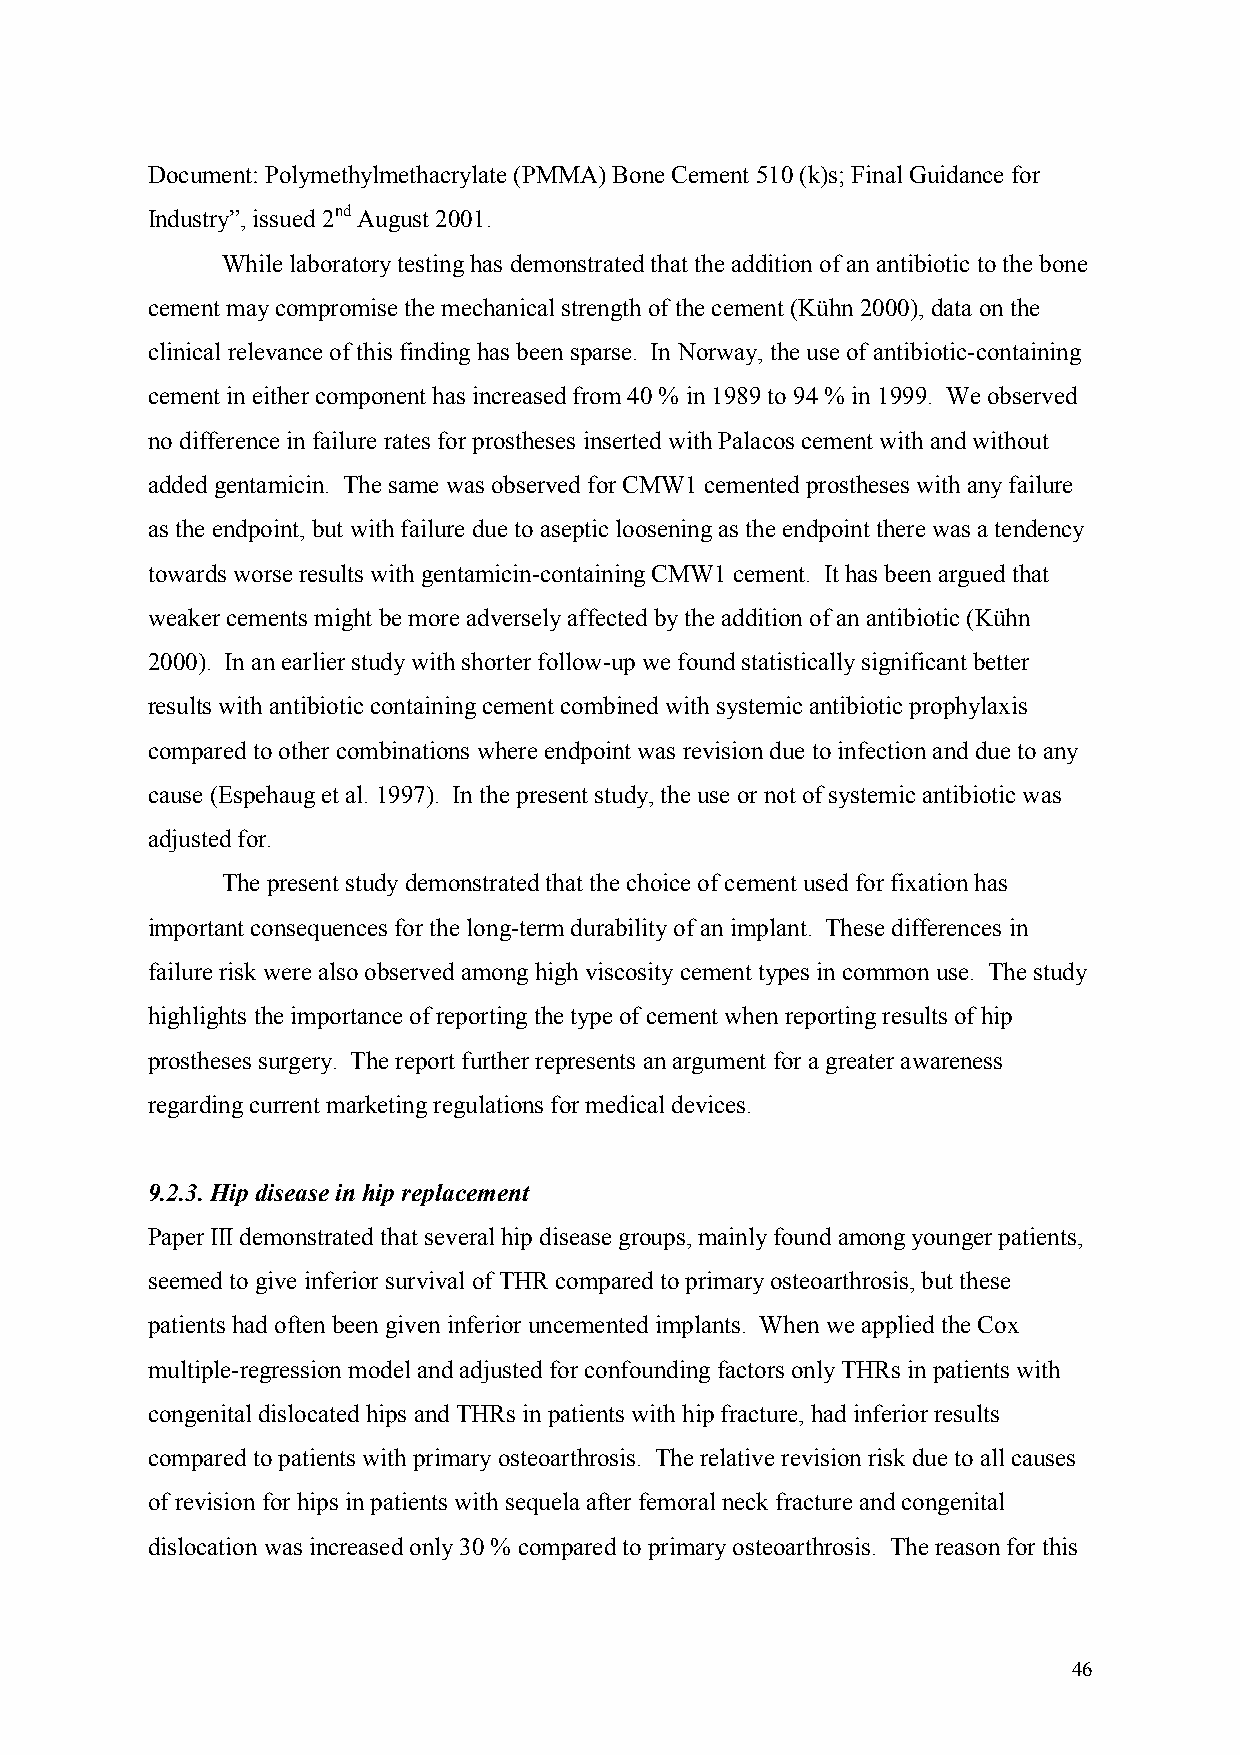
Document: Polymethylmethacrylate (PMMA) Bone Cement 510 (k)s; Final Guidance for
 Industry”, issued 2nd August 2001.
 While laboratory testing has demonstrated that the addition of an antibiotic to the bone
 cement may compromise the mechanical strength of the cement (Kühn 2000), data on the
 clinical relevance of this finding has been sparse. In Norway, the use of antibiotic-containing
 cement in either component has increased from 40 % in 1989 to 94 % in 1999. We observed
 no difference in failure rates for prostheses inserted with Palacos cement with and without
 added gentamicin. The same was observed for CMW1 cemented prostheses with any failure
 as the endpoint, but with failure due to aseptic loosening as the endpoint there was a tendency
 towards worse results with gentamicin-containing CMW1 cement. It has been argued that
 weaker cements might be more adversely affected by the addition of an antibiotic (Kühn
 2000). In an earlier study with shorter follow-up we found statistically significant better
 results with antibiotic containing cement combined with systemic antibiotic prophylaxis
 compared to other combinations where endpoint was revision due to infection and due to any
 cause (Espehaug et al. 1997). In the present study, the use or not of systemic antibiotic was
 adjusted for.
 The present study demonstrated that the choice of cement used for fixation has
 important consequences for the long-term durability of an implant. These differences in
 failure risk were also observed among high viscosity cement types in common use. The study
 highlights the importance of reporting the type of cement when reporting results of hip
 prostheses surgery. The report further represents an argument for a greater awareness
 regarding current marketing regulations for medical devices.
 9.2.3. Hip disease in hip replacement
 Paper III demonstrated that several hip disease groups, mainly found among younger patients,
 seemed to give inferior survival of THR compared to primary osteoarthrosis, but these
 patients had often been given inferior uncemented implants. When we applied the Cox
 multiple-regression model and adjusted for confounding factors only THRs in patients with
 congenital dislocated hips and THRs in patients with hip fracture, had inferior results
 compared to patients with primary osteoarthrosis. The relative revision risk due to all causes
 of revision for hips in patients with sequela after femoral neck fracture and congenital
 dislocation was increased only 30 % compared to primary osteoarthrosis. The reason for this
 46